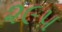
૨૯૫